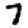
Digit: 7